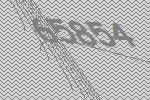
65854